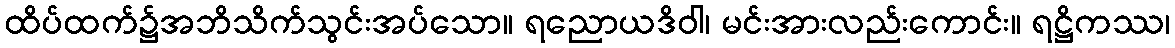
ထိပ်ထက်၌အဘိသိက်သွင်းအပ်သော။ ရညောယဒိဝါ၊ မင်းအားလည်းကောင်း။ ရဋ္ဌိကဿ၊